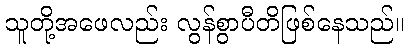
သူတို့အဖေလည်း လွန်စွာပီတိဖြစ်နေသည်။